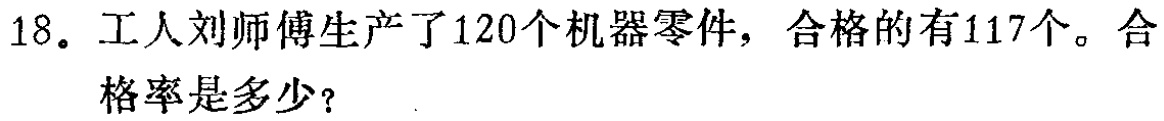
18. 工人刘师傅生产了120个机器零件，合格的有117个。合格率是多少？